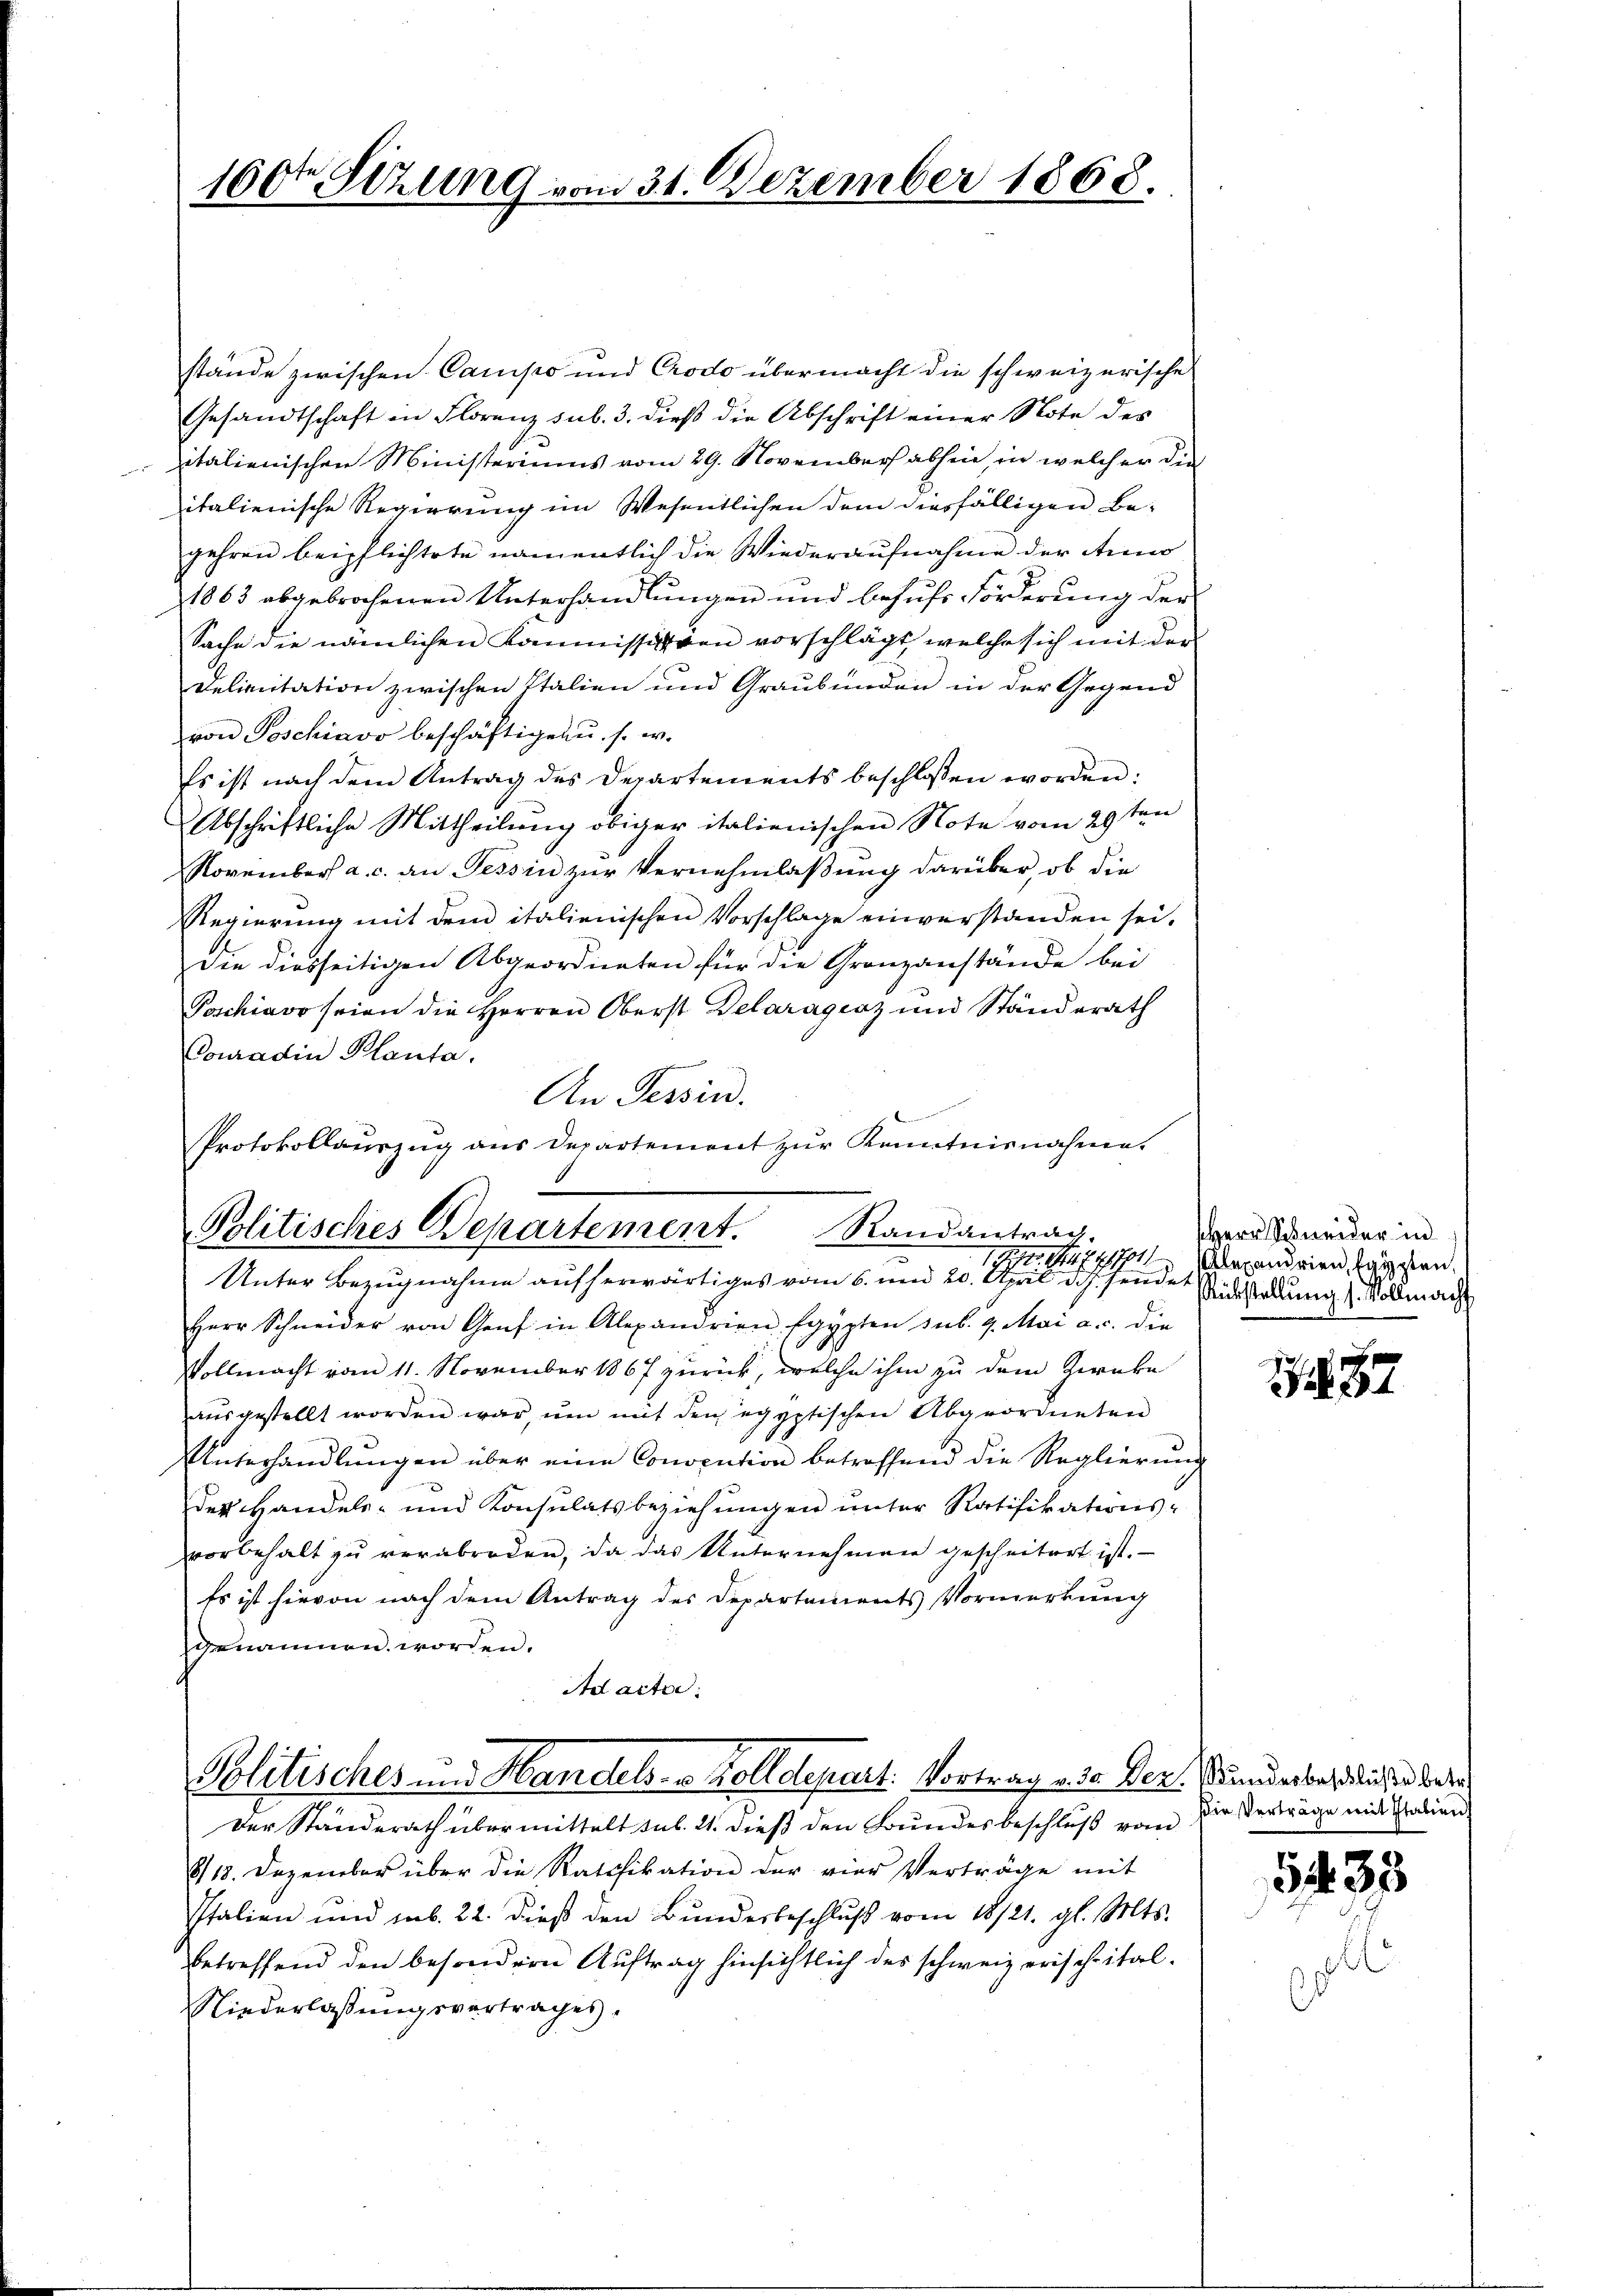
160ten Sizung vom 31. Dezember 1868.

stände zwischen Campo und Crodo übermacht die schweizerische
Gesandtschaft in Florenz sub. 3. dieß die Abschrift einer Note des
italienischen Ministeriums vom 29. November abhin, in welcher die
italienische Regierung im Wesentlichen dem diesfälligen Be-
gehren beipflichtete namentlich die Wiederaufnahme der Anno
1863 abgebrochenen Unterhandlungen und behufs Förderung der
Sache die nämlichen Kommission vorschlägt, welche sich mit der
Delianitation zwischen Italien und Graubünden in der Gegend
von Poschiavo beschäftigen u. s. w.
Es ist nach dem Antrag des Departements beschlossen worden:
Abschriftliche Mittheilung obiger italienischen Note vom 29sten
November a. c. an Tessin zur Vernehmlaßung darüber, ob die
Regierung mit dem italienischen Vorschlage einverstanden sei.
Die diesseitigen Abgeordneten für die Granzanstände bei
Poschiavo seien die Herren Oberst Delaragraz und Ständerath
Conradin Planta.
An Tessin.
Protokollauszug aus Departement zur Kenntnisnahme.
Herr Schneider von Genf in Alexandrien Egypten sub. 9. Mai a. c. die
Vollmacht vom 11. November 1867 zurück, welche ihm zu dem Zweke
aŭsgestellt worden war, um mit den egyptischen Abgeordneten
Unterhandlungen über eine Conocution betreffend die Reglierung
des Handels- und Konsulatsbeziehungen unter Ratifikations-
vorbehalt zŭ verabreden, da das Unternehmen gescheitert ist.
Es ist hievon nach dem Antrag des Departements Vormerkŭng
genauen worden.
Ad acter:
Politisches und Handels- u. Kolldepart: Vortrag v. 30. Dez. Stundesbehördlich und betre
Der Standerath übermittelt sub. 21. dieß den Bundesbeschluß vom Die Verträge mit Sabien
8/18. Dezember über die Ratifikation der vier Verträge mit
Italien und sub. 22. dieß den Bundesbeschlŭβ vom 18/21. gl. Mts.
betreffend den besondern Auftrag hinsichtlich des schweizerischeital¬
Niederlassungsvertrages.

Politisches Departement. Randantrag.
17
Unter Bezugnahme aufherwärtiges vom 6. und 20. April d.J. sende Sittelung Vollmacht

HHerr Schneider in
72171 Alexandrien, Egypten,

87

5433